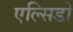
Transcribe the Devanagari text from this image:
एल्सिडो